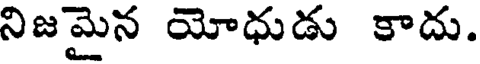
నిజమైన యోధుడు కాదు.